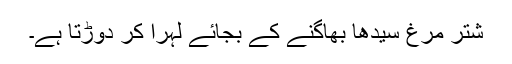
شتر مرغ سیدھا بھاگنے کے بجائے لہرا کر دوڑتا ہے۔